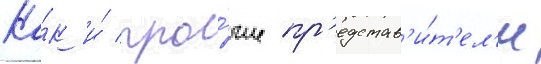
Ка́к и́ про́чие пр'едстав'и́т'ел'и